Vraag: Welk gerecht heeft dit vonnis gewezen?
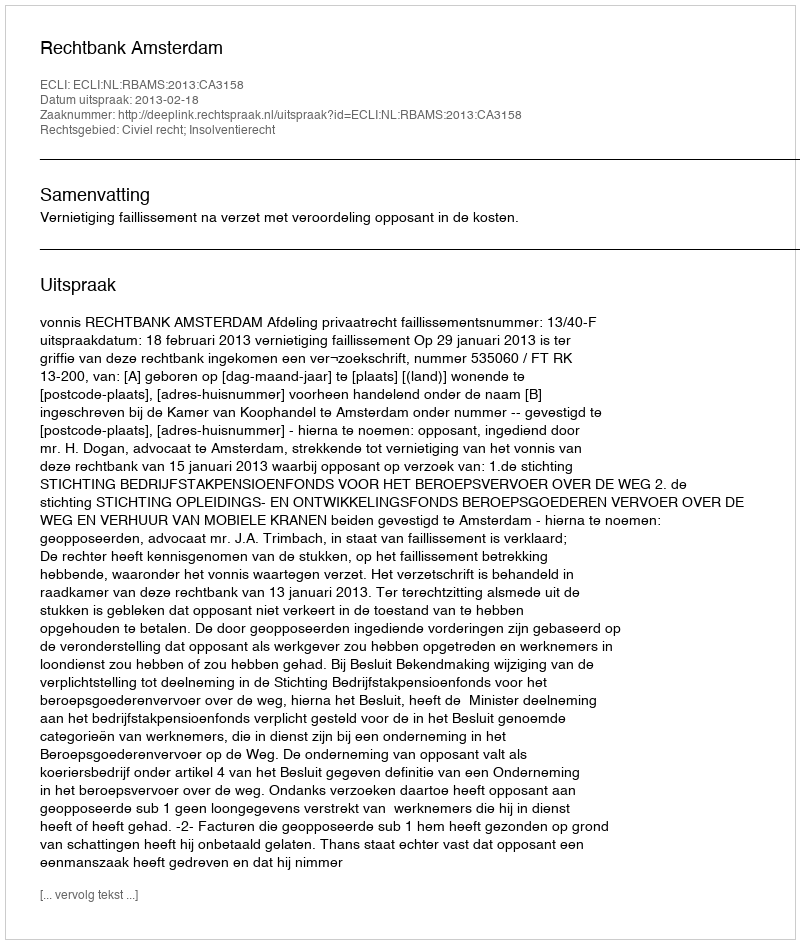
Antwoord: Rechtbank Amsterdam